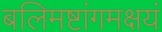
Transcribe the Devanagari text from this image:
बलिमष्टांगमक्षयं